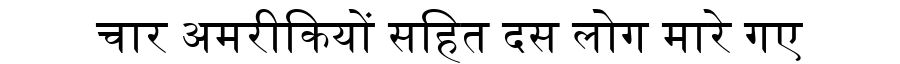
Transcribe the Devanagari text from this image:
चार अमरीकियों सहित दस लोग मारे गए